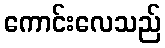
ကောင်းလေသည်